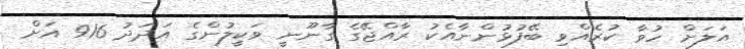
އަލަށް ހުވާ ކުރެއްވި ބޭފުޅުންނާއެކު ރާއްޖޭގެ ގާނޫނީ ވަކީލުންގެ އަދަދު 916 އަށް